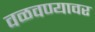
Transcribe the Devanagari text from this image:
वळवण्यावर